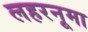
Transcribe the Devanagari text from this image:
लहरनूमा